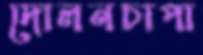
দোলনচাপা